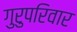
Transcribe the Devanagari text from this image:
गुरुपरिवार